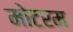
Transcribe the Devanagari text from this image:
मोटरम